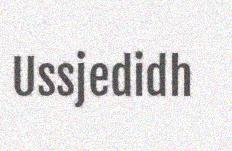
Ussjedidh